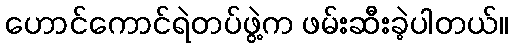
ဟောင်ကောင်ရဲတပ်ဖွဲ့က ဖမ်းဆီးခဲ့ပါတယ်။